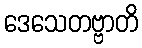
ဒေသေတဗ္ဗာတိ